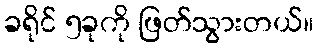
ခရိုင် ၅ခုကို ဖြတ်သွားတယ်။